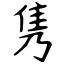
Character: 隽